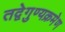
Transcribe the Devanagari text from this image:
तद्वेगुण्यक्रमेण